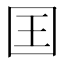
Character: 囯